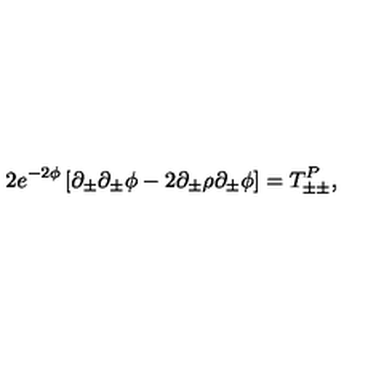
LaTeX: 2 e ^ { - 2 \phi } \left[ \partial _ { \pm } \partial _ { \pm } \phi - 2 \partial _ { \pm } \rho \partial _ { \pm } \phi \right] = T _ { \pm \pm } ^ { P } ,